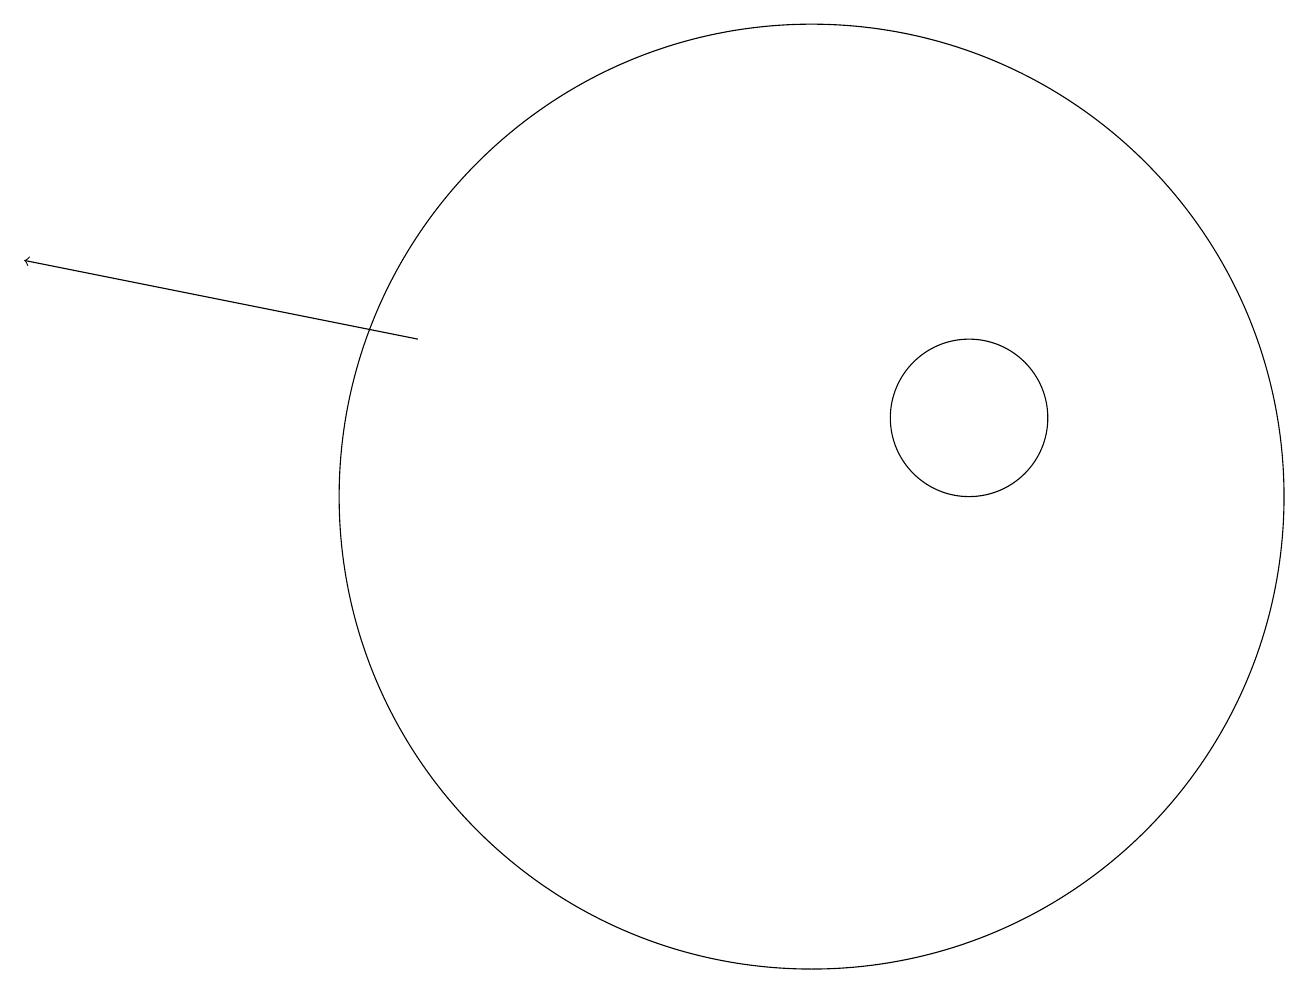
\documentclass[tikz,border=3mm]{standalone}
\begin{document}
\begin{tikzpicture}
\draw (10,10) circle (6);
\draw[->] (5,12) -- (0,13);
\draw (12,11) circle (1);
\draw (10,11) circle (0);
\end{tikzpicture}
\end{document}